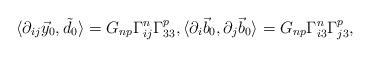
LaTeX: \begin{align*}\langle \partial_{ij}\vec y_0, \tilde d_0\rangle =G_{np}\Gamma_{ij}^n\Gamma_{33}^{p}, \langle \partial_{i}\vec b_0, \partial_j\vec b_0\rangle = G_{np}\Gamma_{i3}^n\Gamma_{j3}^{p},\end{align*}